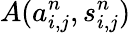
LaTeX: A(a_{i,j}^{n},s_{i,j}^{n})